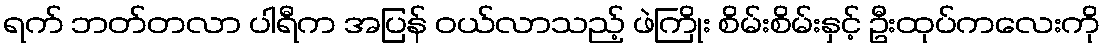
ရက် ဘတ်တလာ ပါရီက အပြန် ဝယ်လာသည့် ဖဲကြိုး စိမ်းစိမ်းနှင့် ဦးထုပ်ကလေးကို